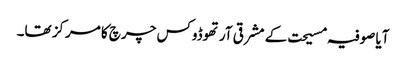
آیا صوفیہ مسیحت کے مشرقی آرتھوڈوکس چرچ کا مرکز تھا۔